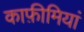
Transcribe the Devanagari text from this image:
काफ़ीमियां